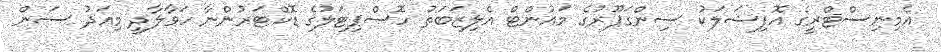
އެމިނިސްޓްރީގެ އޮފިޝަލަކު ސިންގަޕޫރުގެ މައުންޓް އެލިޒަބަތު ހޮސްޕިޓަލުގެ ޑޮކްޓަރުންނާ ހަވާލާދީ މިއަދު ސަން